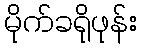
မိုက်ခရိုဖုန်း